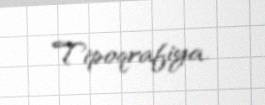
Tipoqrafiya.